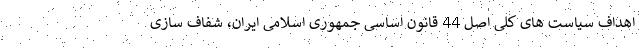
اهداف سیاست های کلی اصل 44 قانون اساسی جمهوری اسلامی ایران، شفاف سازی